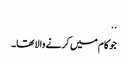
..
جو کام میں کرنے والا تھا۔